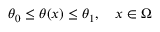
\begin{array} { r } { \theta _ { 0 } \leq \theta ( x ) \leq \theta _ { 1 } , \quad x \in \Omega } \end{array}